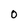
Character: 0